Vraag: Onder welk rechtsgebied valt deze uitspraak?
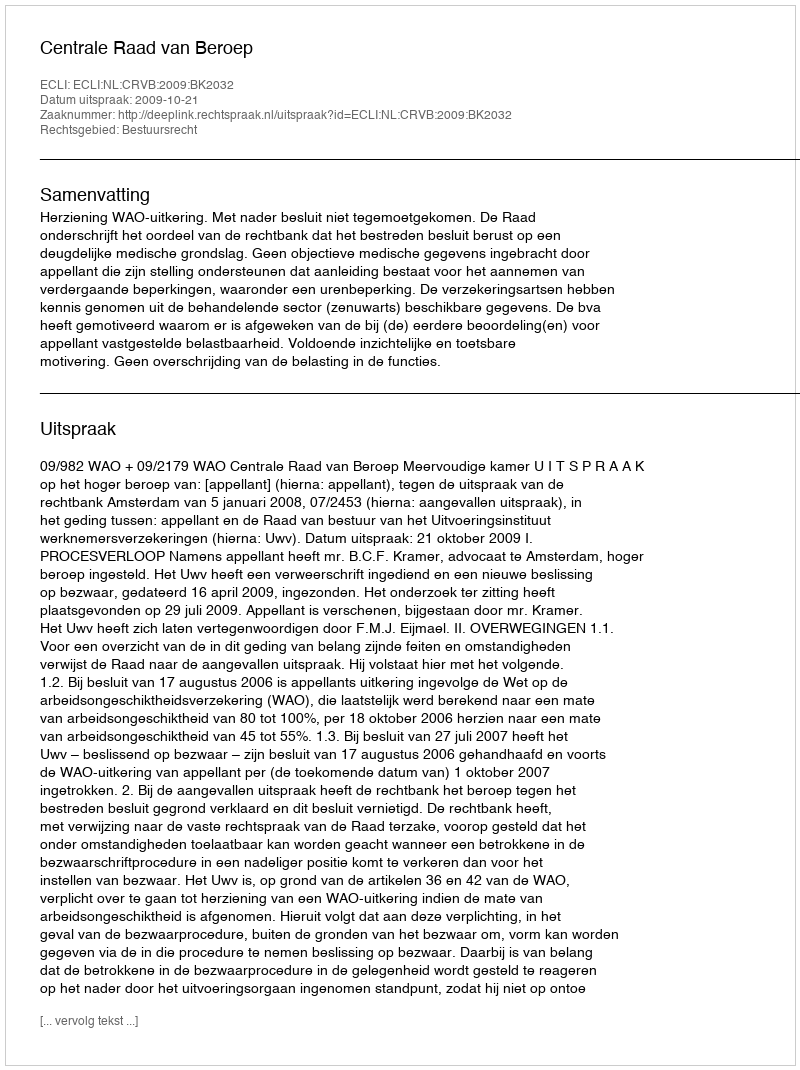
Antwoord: Bestuursrecht